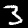
Label: 3